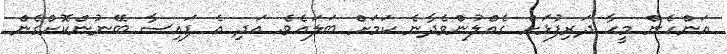
އަންހެން މީހާ ދަރިފުޅަށް ގެއްލުންވެދާނެ ކަމަށް ބަލައެވެ. އަދި އެ ފައިސާ ބޭނުންކޮށްގެން